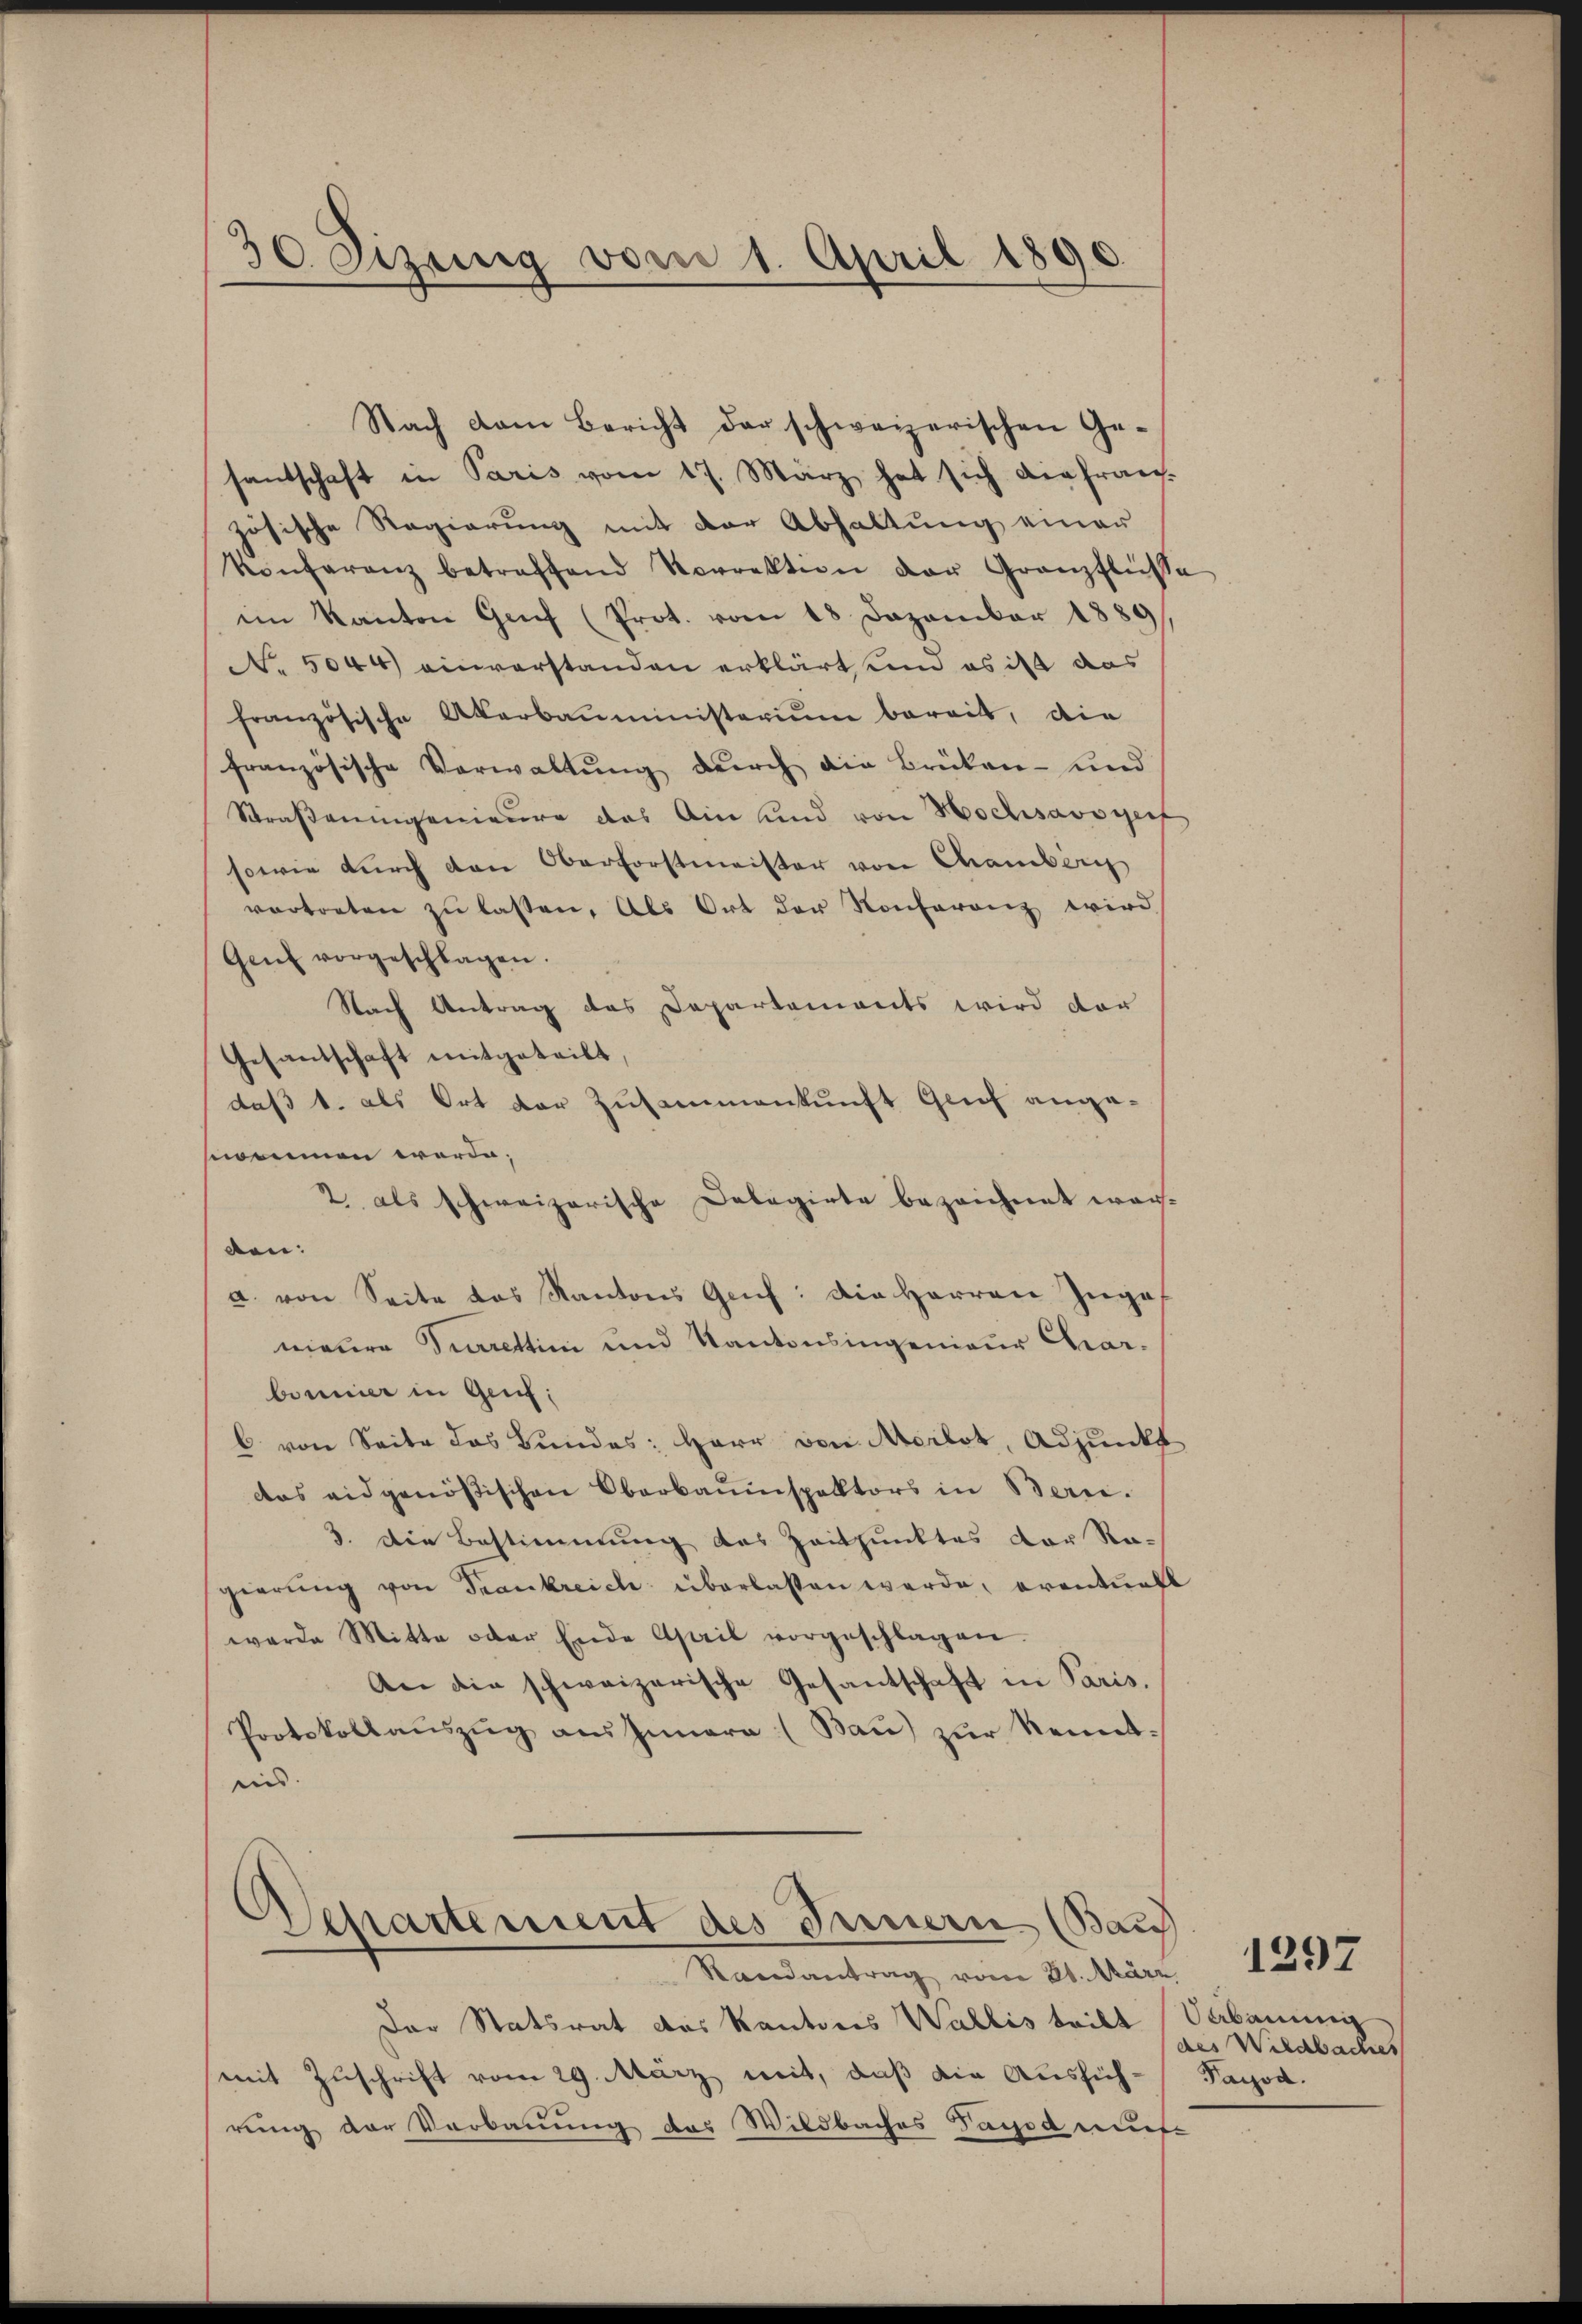
30. Sizung vom 1. April 1890.

santschaft in Paris vom 17. März hat sich die fran-
zösische Regierung mit der Abhaltung einer
Konferenz betreffend Korrektion der Granzflüsse
im Kanton Genf (Prot. vom 18 Dezember 1889/
No. 5044) einverstanden erklärt, und es ist das
französische Akarbaŭministeriŭm bereit, die
französische Verwaltŭng durch die Brüken- und
Straßeningenieure das Anne und von Hochsavoyers
sowie durch den Oberforstmeister von Chamberg
vortreten zu lassen. Als Ort der Konferenz wird
Genf vorgeschlagen.
Nach Antrag des Departements wird der
Gesantschaft mitgeteilt,
daß 1. als Ort der Zusammenkunft Grief angeenommen werde;
2 als schweizerische Delegirte bezeichnet worden:
a. von Seite das Kantons Gruf: die Herren Zuges
nieure Turrettini und Kantonsingenieur Charbonnier in Genf,
b. von Seite das Bundes: Herr von Merlot, Adjunkt
das eidgenößischen Oberbauinspektors in Bern.
3. Die Bestimmung des Zeitpunktes der Ra-
gierŭng von Trankreich überlassen werde, eventuell
werde Mitte oder Ende April vorgeschlagen.
An die schweizerische Gesantschaft in Paris.
Protokollauszug aus Innern (Bau) zur Kennt¬
und.
Separtement des Innern (Bau

Nach dem Bericht der schweizerischen Ge-

Randantrag vom 21. März

Der Statsrat des Kantons Wallis teilt
mit Zuschrift vom 29. März mit, daß die Ausführung der Verbauung des Wildbaches Vasod mus

1297

Verbauung
des Wildbaches
Payod.